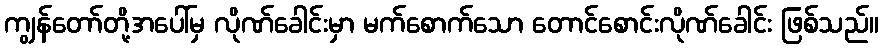
ကျွန်တော်တို့အပေါ်မှ လိုဏ်ခေါင်းမှာ မက်စောက်သော တောင်စောင်းလိုဏ်ခေါင်း ဖြစ်သည်။